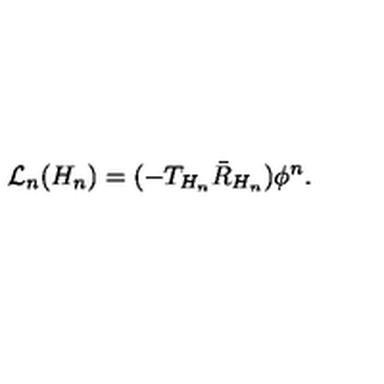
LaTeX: { \cal L } _ { n } ( H _ { n } ) = ( - T _ { H _ { n } } \bar { R } _ { H _ { n } } ) \phi ^ { n } .